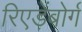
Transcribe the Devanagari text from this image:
रिएड़ेंबोर्ग